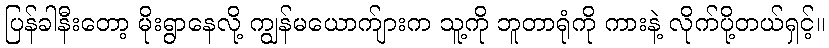
ပြန်ခါနီးတော့ မိုးရွာနေလို့ ကျွန်မယောက်ျားက သူ့ကို ဘူတာရုံကို ကားနဲ့ လိုက်ပို့တယ်ရှင့်။